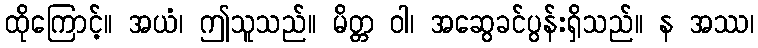
ထိုကြောင့်။ အယံ၊ ဤသူသည်။ မိတ္တ ဝါ၊ အဆွေခင်ပွန်းရှိသည်။ န အဿ၊